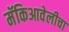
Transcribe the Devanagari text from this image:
मॅकिआवेलीचा